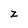
Character: z